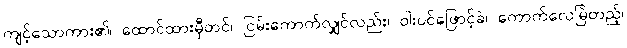
ကျင့်သောကား၏၊ ထောင်ထားမှီတင်၊ ငြမ်းကောက်လျှင်လည်း၊ ဝါးပင်ဖြောင့်ခဲ၊ ကောက်လေမြဲတည့်၊